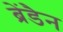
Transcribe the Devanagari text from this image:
ब्रेंडैन